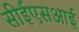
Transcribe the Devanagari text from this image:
सीईएसआई